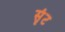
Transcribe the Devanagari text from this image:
सृंट